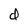
Character: d